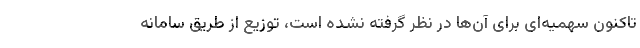
تاکنون سهمیه‌ای برای آن‌ها در نظر گرفته نشده است، توزیع از طریق سامانه